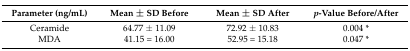
<table><thead><tr><td><b>Parameter (ng/mL)</b></td><td><b>Mean ± SD Before</b></td><td><b>Mean ± SD After</b></td><td><b><i>p</i>-Value Before/After</b></td></tr></thead><tbody><tr><td>Ceramide</td><td>64.77 ± 11.09</td><td>72.92 ± 10.83</td><td>0.004 *</td></tr><tr><td>MDA</td><td>41.15 = 16.00</td><td>52.95 = 15.18</td><td>0.047 *</td></tr></tbody></table>